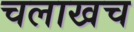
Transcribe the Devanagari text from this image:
चलाखच